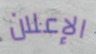
الإعلان